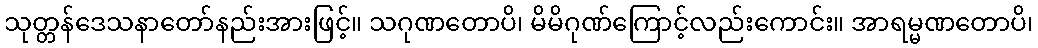
သုတ္တန်ဒေသနာတော်နည်းအားဖြင့်။ သဂုဏတောပိ၊ မိမိဂုဏ်ကြောင့်လည်းကောင်း။ အာရမ္မဏတောပိ၊